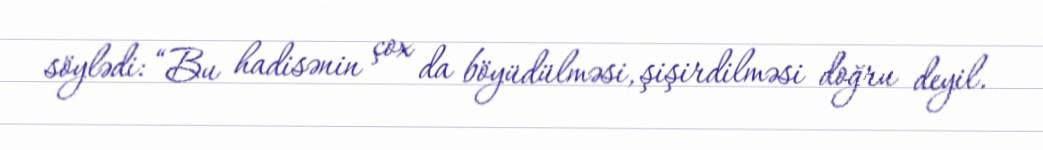
söylədi: “Bu hadisənin çox da böyüdülməsi, şişirdilməsi doğru deyil.